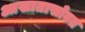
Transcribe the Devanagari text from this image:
आखातासोबत